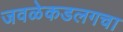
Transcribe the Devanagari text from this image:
जवळेकडलगचा